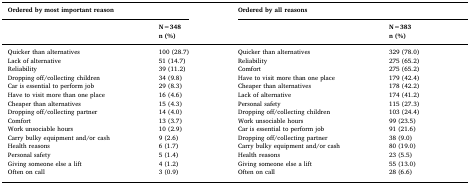
| <COLSPAN=2> Ordered by most important reason | <COLSPAN=3> Ordered by all reasons |
 |  | N=348 |  | <COLSPAN=2> N=383 |
 |  | n (%) |  | <COLSPAN=2> n (%) |
 | --- | --- | --- | --- | --- |
 | Quicker than alternatives | 100 (28.7) | Quicker than alternatives | <COLSPAN=2> 329 (78.0) |
 | Lack of alternative | 51 (14.7) | Reliability | <COLSPAN=2> 275 (65.2) |
 | Reliability | 39 (11.2) | Comfort | <COLSPAN=2> 275 (65.2) |
 | Dropping off/collecting children | 34 (9.8) | Have to visit more than one place | <COLSPAN=2> 179 (42.4) |
 | Car is essential to perform job | 29 (8.3) | Cheaper than alternatives | <COLSPAN=2> 178 (42.2) |
 | Have to visit more than one place | 16 (4.6) | Lack of alternative | <COLSPAN=2> 174 (41.2) |
 | Cheaper than alternatives | 15 (4.3) | Personal safety | <COLSPAN=2> 115 (27.3) |
 | Dropping off/collecting partner | 14 (4.0) | Dropping off/collecting children | <COLSPAN=2> 103 (24.4) |
 | Comfort | 13 (3.7) | Work unsociable hours | <COLSPAN=2> 99 (23.5) |
 | Work unsociable hours | 10 (2.9) | Car is essential to perform job | <COLSPAN=2> 91 (21.6) |
 | Carry bulky equipment and/or cash | 9 (2.6) | Dropping off/collecting partner | <COLSPAN=2> 38 (9.0) |
 | Health reasons | 6 (1.7) | Carry bulky equipment and/or cash | <COLSPAN=2> 80 (19.0) |
 | Personal safety | 5 (1.4) | Health reasons | <COLSPAN=2> 23 (5.5) |
 | Giving someone else a lift | 4 (1.2) | Giving someone else a lift | <COLSPAN=2> 55 (13.0) |
 | Often on call | 3 (0.9) | Often on call | <COLSPAN=2> 28 (6.6) |